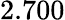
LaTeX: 2.700